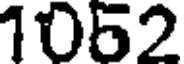
1062